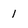
Character: 1